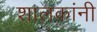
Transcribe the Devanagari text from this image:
शालकांनी